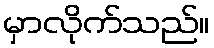
မှာလိုက်သည်။